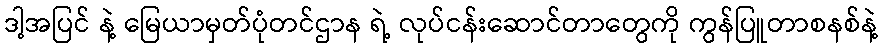
ဒါ့အပြင် နဲ့ မြေယာမှတ်ပုံတင်ဌာန ရဲ့ လုပ်ငန်းဆောင်တာတွေကို ကွန်ပြူတာစနစ်နဲ့